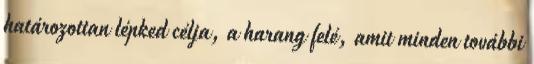
határozottan lépked célja, a harang felé, amit minden további